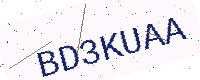
Text: BD3KUAA